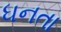
ધનતા